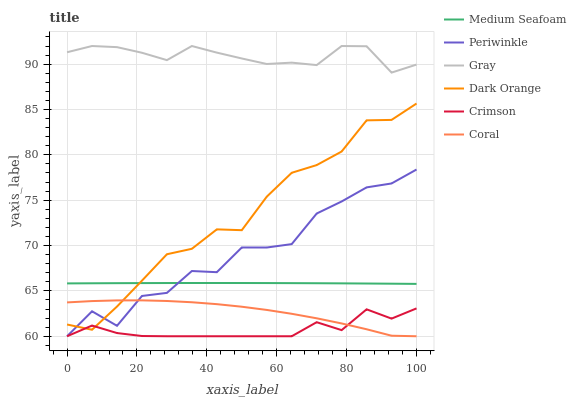
| xaxis_label | Medium Seafoam | Periwinkle | Gray | Dark Orange | Crimson | Coral |
 | --- | --- | --- | --- | --- | --- | --- |
 | 0 | 65.8 | 60 | 91.3 | 61.3 | 60 | 63.7 |
 | 7.14 | 65.8 | 62.8 | 92 | 60.7 | 61.2 | 63.9 |
 | 14.3 | 65.9 | 61.2 | 91.9 | 63.3 | 60.4 | 64 |
 | 21.4 | 65.9 | 64.4 | 91.3 | 66.1 | 60 | 64 |
 | 28.6 | 65.9 | 64.8 | 90.4 | 69 | 60 | 63.9 |
 | 35.7 | 65.9 | 67.2 | 92 | 69.6 | 60 | 63.7 |
 | 42.9 | 65.9 | 67.1 | 91.3 | 71.8 | 60 | 63.5 |
 | 50 | 65.9 | 69.8 | 90.6 | 71.7 | 60 | 63.3 |
 | 57.1 | 65.9 | 69.8 | 90 | 75.4 | 60 | 62.9 |
 | 64.3 | 65.9 | 70.2 | 90.2 | 78 | 60 | 62.5 |
 | 71.4 | 65.8 | 73.5 | 89.9 | 78.9 | 61.5 | 62 |
 | 78.6 | 65.8 | 74.9 | 92 | 80.4 | 60.7 | 61.4 |
 | 85.7 | 65.8 | 76.4 | 92 | 83.8 | 63 | 60.8 |
 | 92.9 | 65.8 | 76.8 | 89.1 | 83.9 | 61.9 | 60.1 |
 | 100 | 65.8 | 78.4 | 90 | 85.7 | 63.1 | 60 |